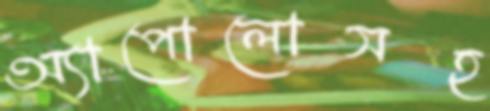
অ্যাপোলোসহ